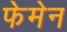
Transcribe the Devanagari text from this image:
फेमेन